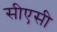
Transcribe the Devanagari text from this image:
सीएसी